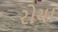
રોયા